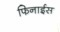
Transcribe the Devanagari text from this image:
फिनाईस